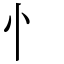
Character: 忄